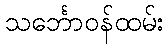
သင်္ဘောဝန်ထမ်း